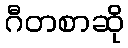
ဂီတစာဆို